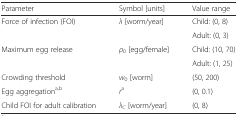
<table><thead><tr><td><b>Parameter</b></td><td><b>Symbol [units]</b></td><td><b>Value range</b></td></tr></thead><tbody><tr><td rowspan="2">Force of infection (FOI)</td><td rowspan="2"><i>λ</i> [worm/year]</td><td>Child: (0, 8)</td></tr><tr><td>Adult: (0, 3)</td></tr><tr><td rowspan="2">Maximum egg release</td><td rowspan="2"><i>ρ</i><sub>0</sub> [egg/female]</td><td>Child: (10, 70)</td></tr><tr><td>Adult: (1, 25)</td></tr><tr><td>Crowding threshold</td><td><i>w</i><sub>0</sub> [worm]</td><td>(50, 200)</td></tr><tr><td>Egg aggregation<sup>a,b</sup></td><td><i>r</i><sup>a</sup></td><td>(0, 0.1)</td></tr><tr><td>Child FOI for adult calibration</td><td><i>λ</i><sub><i>C</i></sub> [worm/year]</td><td>(0, 8)</td></tr></tbody></table>